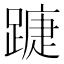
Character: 𨄀